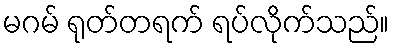
မဂမ် ရုတ်တရက် ရပ်လိုက်သည်။